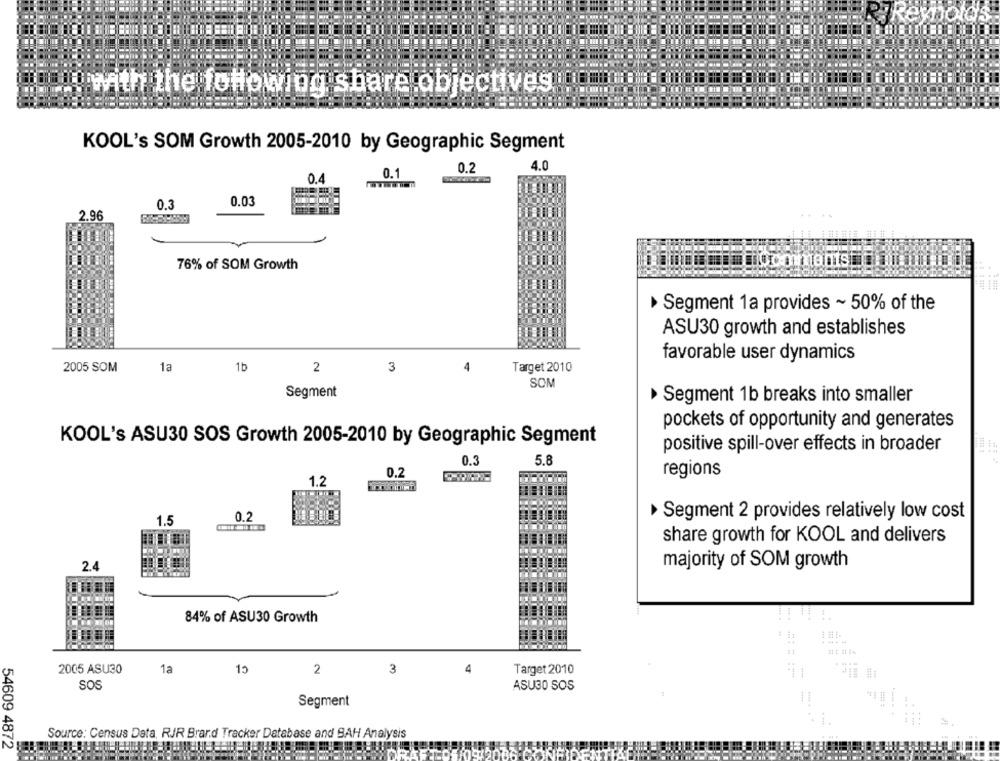
the following share objectives
KOOL's SOM Growth 2005-2010 by Geographic Segment
4.0
0.1
0.2
0.4
0.3
0.03
2.96
76% of SOM Growth
iCts
Segment 1a provides ~ 50% of the
ASU30 growth and establishes
favorable user dynamics
2005 SOM
1a
1b
2
3
4
Target 2010
SOM
Segment
Segment 1b breaks into smaller
pockets of opportunity and generates
KOOL's ASU30 SOS Growth 2005-2010 by Geographic Segment
positive spill-over effects in broader
0.3
5.8
0.2
regions
1.2
0.2
Segment 2 provides relatively low cost
1.5
share growth for KOOL and delivers
2.4
majority of SOM growth
84% of ASU30 Growth
444 4
2005 ASU30
1a
15
3
4
Target 2010
2
SOS
ASU3O SOS
Segment
...
Source: Census Data, RJR Brand Tracker Database and BAH Analysis
54609 4872